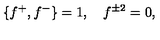
\{ f ^ { + } , f ^ { - } \} = 1 , \quad f ^ { \pm 2 } = 0 ,